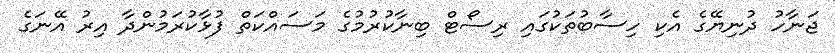
ޖަނާހު ދުނިޔޭގެ އެކި ހިސާބުތަކުގައި ރިސޯޓް ބިނާކުރުމުގެ މަސައްކަތް ފުޅާކުރަމުންދާ އިރު އޭނަގެ